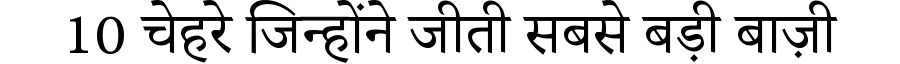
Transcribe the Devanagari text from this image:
10 चेहरे जिन्होंने जीती सबसे बड़ी बाज़ी